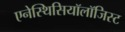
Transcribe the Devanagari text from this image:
एनेस्थिसियॉलॉजिस्ट